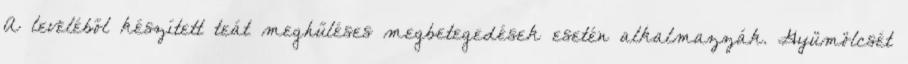
A leveléből készített teát meghűléses megbetegedések esetén alkalmazzák. Gyümölcsét